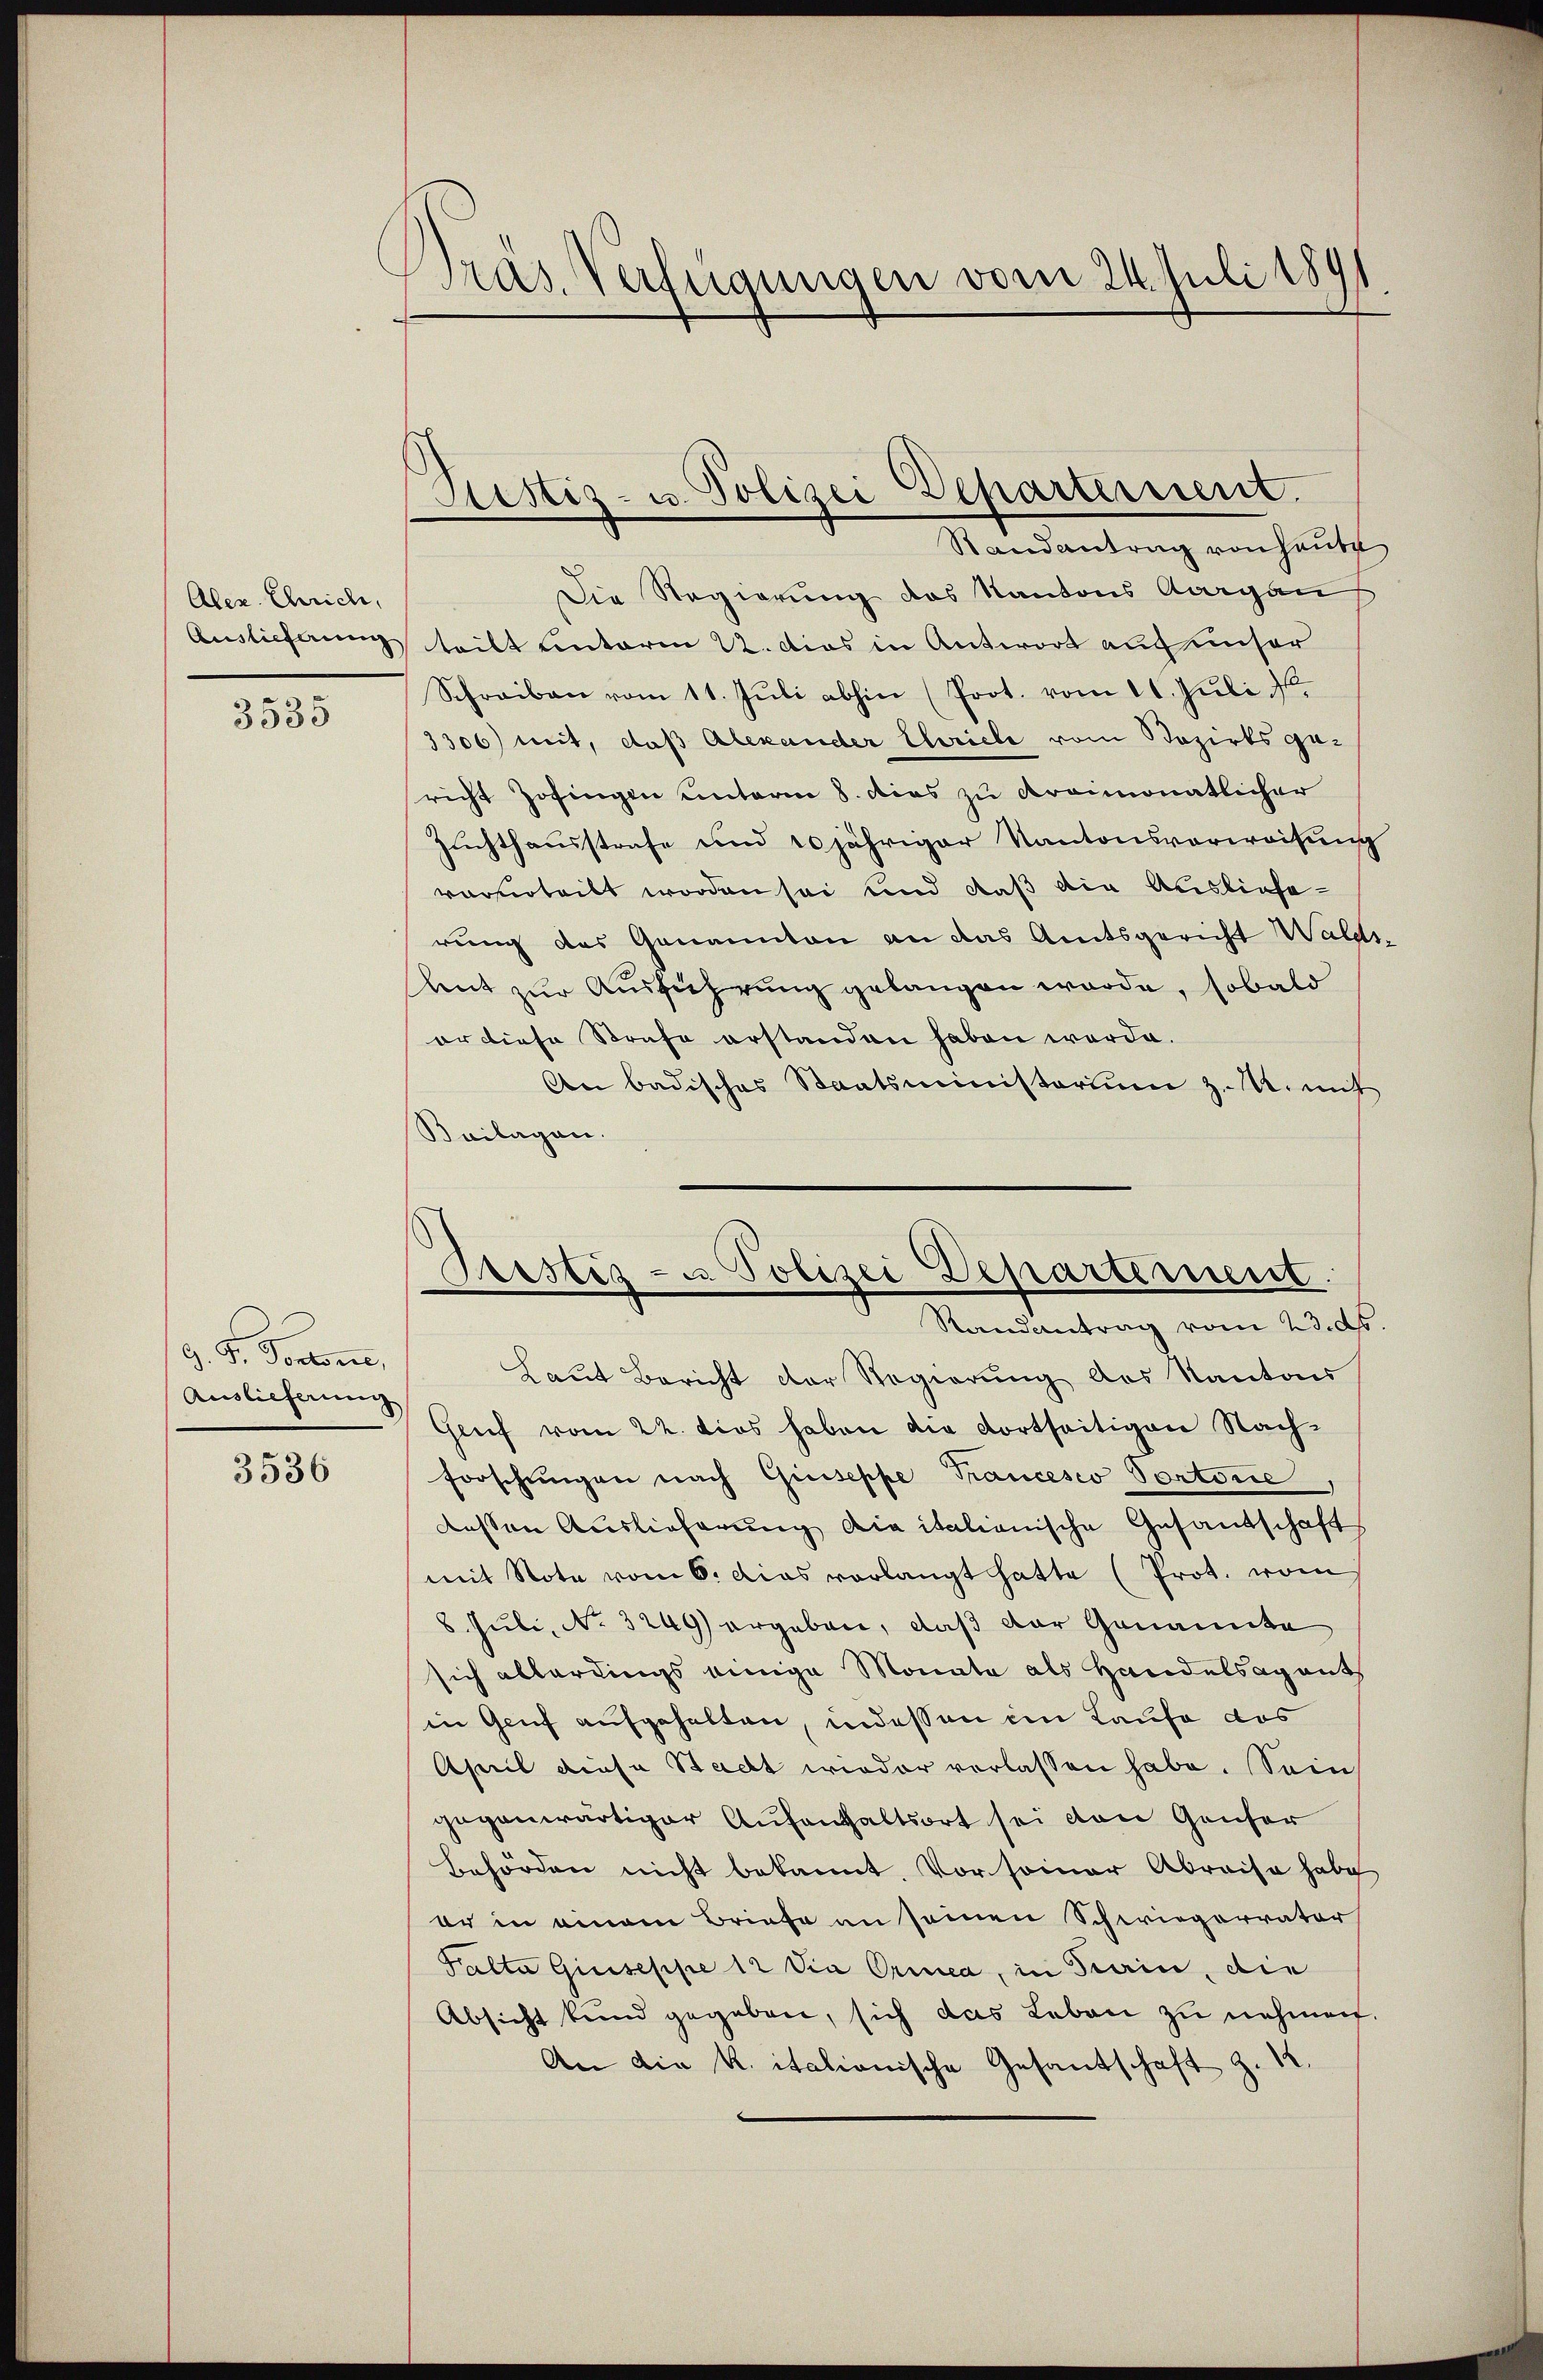
Alex. Chrich,
Auslieferung

3535

9. d. Portome,
Auslieferung

3536

Tras. Verfügungen vom 24. Juli 189

Justiz- u. Polizei Departement.

Randantrag von Hause
Die Regierung des Kantons Aargau
teilt unterm 22. Dies in Antwort auch unser
Schreiben vom 11. Jŭli abhin (Prot. vom 11. Juli 1
3306) mit, daß Alexander Cleriele vom Bezirksgericht Zofingen unterm 8. dies zu Kreimonatlicher
Zuchthausstrafe und 10jähriger Kantonsverweisung
verurteilt worden sei und daß die Auslieferung des Genannten an das Amtsgericht Waldshut zur Ausführung gelangen wurde, sobald
or diese Strafe erstanden haben werde.
An badisches Staatsministoriŭm z.M. mit
Sailagen.

Bestiz- u Polizei Departement.
Randantrag vom 23. ds

Laut Bericht der Regierung des Kantons
Gruf vom 22. dies haben die dortseitigen Nachforschungen nach Giuseppe Trancesco Portone
dessen Auslieferung die italienische Gesandschaft
mit Note vom 6. Das vorlangt hatte (Prot. vom
8. Juli, No 3249) ergeben, daß der Genannte
sich allerdings einige Monata als Handelsagant
in Genf aufgehalten, indessen im Laufe das
April diese Stacht wieder verlassen habe. Sein
gegenwärtiger Aufenthaltsort sei von Gänser
Behörden nicht bekannt. Vor seiner Abreise habe
er in einem Briefe an seinen Schwiegervater
Palta Giuseppe 12 die Orica, in Train, die
Absicht kund gegeben, sich das Leben zu nehmen.
An die K. italionische Gesantschaft z. 12.